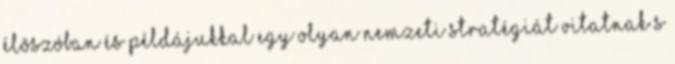
élõszóban és példájukkal egy olyan nemzeti stratégiát vitatnak s